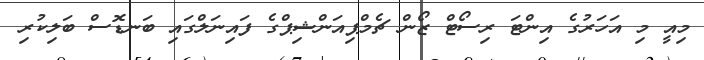
މިއީ މި އަހަރުގެ އިންޓަ ރިސޯޓް ޒޯން ޗެމްޕިއަންޝިޕްގެ ފައިނަލްގައި ބަނޑޮސް ބަލިކުރި